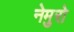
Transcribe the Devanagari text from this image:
नेमुरो